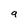
Character: 9